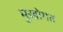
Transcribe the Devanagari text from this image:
मुखोगत